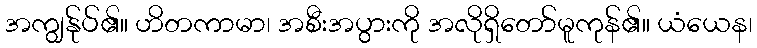
အကျွန်ုပ်၏။ ဟိတကာမာ၊ အစီးအပွားကို အလိုရှိတော်မူကုန်၏။ ယံယေန၊